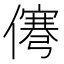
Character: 𰂹